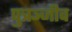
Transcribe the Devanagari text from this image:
पुत्रञ्जीव